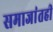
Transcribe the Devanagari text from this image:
समाजांतही